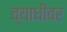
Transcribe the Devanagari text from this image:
व्याधीवर